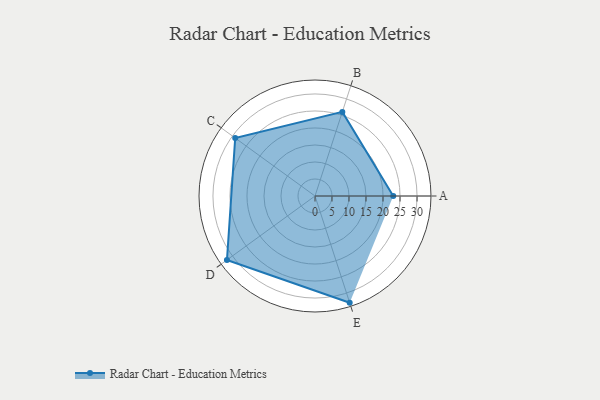
{"axis": {"x": "Skill", "y": "Score"}, "legend": ["Profile"], "data": [{"x": "A", "y": 23.0, "type": "Profile"}, {"x": "B", "y": 26.0, "type": "Profile"}, {"x": "C", "y": 29.0, "type": "Profile"}, {"x": "D", "y": 32.0, "type": "Profile"}, {"x": "E", "y": 33.0, "type": "Profile"}]}